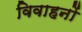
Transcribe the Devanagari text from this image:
विवाहनों